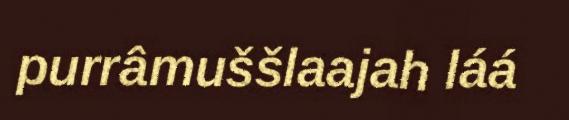
purrâmuššlaajah láá